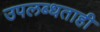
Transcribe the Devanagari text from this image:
उपलब्धताही